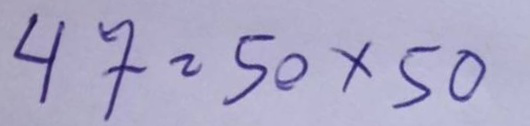
47 = 50x50